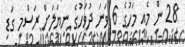
28 ން މެއި މަހުގެ 6 ވަނަ ދުވަހުގެ ނިޔަލަށް ރަސްމީ ގަޑި